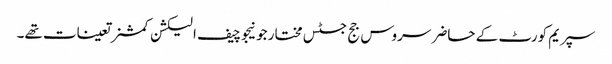
سپریم کورٹ کے حاضر سروس جج جسٹس مختار جونیجو چیف الیکشن کمشنر تعینات تھے۔